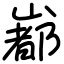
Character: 𡼞